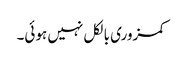
کمزوری بالکل نہیں ہوئی۔